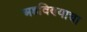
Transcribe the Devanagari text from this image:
अडविण्याचा